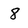
Character: 8